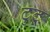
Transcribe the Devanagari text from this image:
टुटू